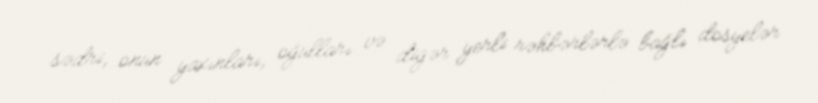
sədri, onun yaxınları, oğulları və digər yerli rəhbərlərlə bağlı dosyelər